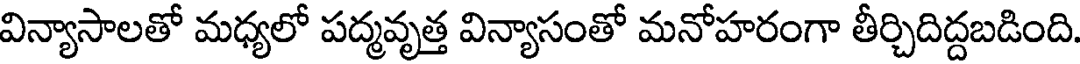
విన్యాసాలతో మధ్యలో పద్మవృత్త విన్యాసంతో మనోహరంగా తీర్చిదిద్దబడింది